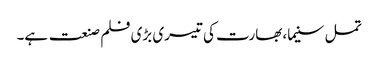
تمل سنیما، بھارت کی تیسری بڑی فلم صنعت ہے۔